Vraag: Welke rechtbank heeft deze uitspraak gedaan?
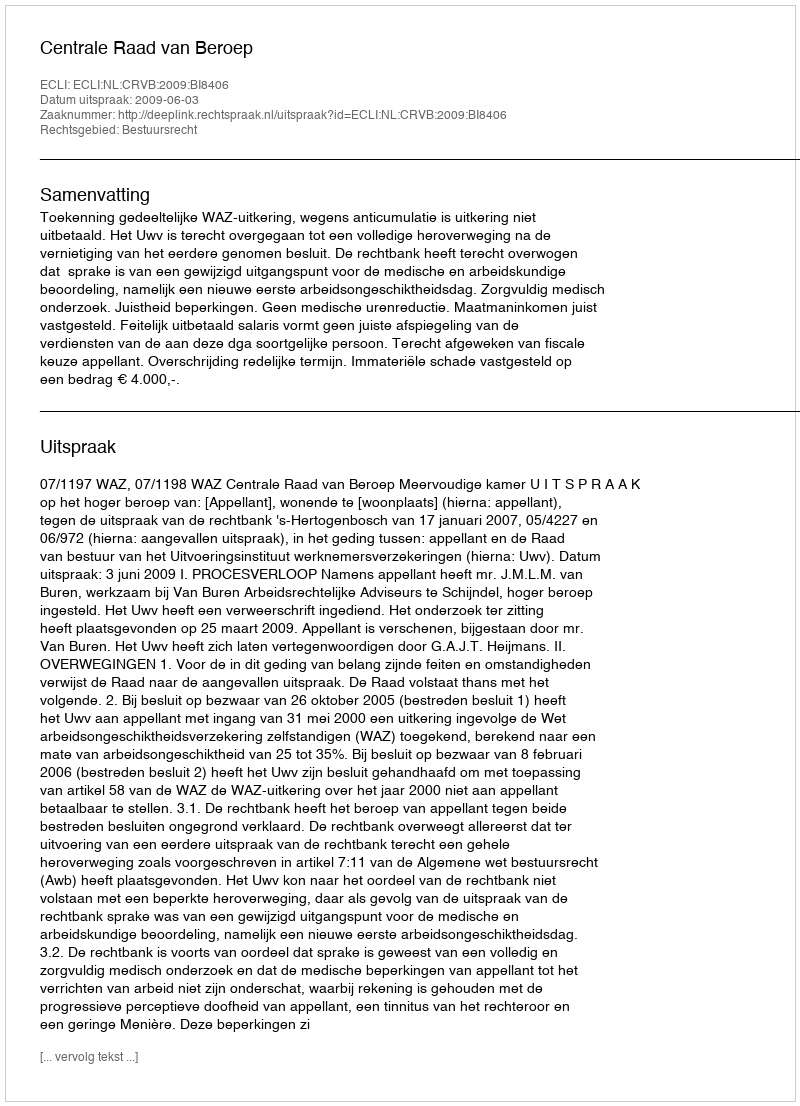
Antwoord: Centrale Raad van Beroep